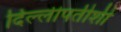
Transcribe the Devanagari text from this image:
दिल्लीपतीशी